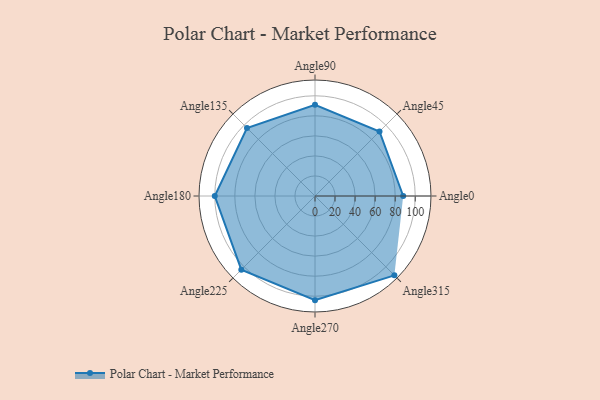
{"axis": {"x": "Angle", "y": "Radius"}, "legend": [""], "data": [{"x": "Angle0", "y": 88.0, "type": ""}, {"x": "Angle45", "y": 91.0, "type": ""}, {"x": "Angle90", "y": 91.0, "type": ""}, {"x": "Angle135", "y": 96.0, "type": ""}, {"x": "Angle180", "y": 100.0, "type": ""}, {"x": "Angle225", "y": 104.0, "type": ""}, {"x": "Angle270", "y": 104.0, "type": ""}, {"x": "Angle315", "y": 112.0, "type": ""}]}